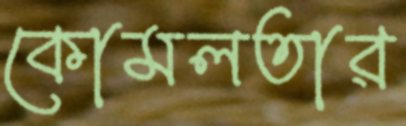
কোমলতার